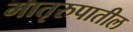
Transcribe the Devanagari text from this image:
मातृरुपातील